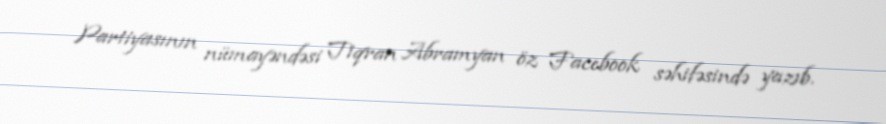
Partiyasının nümayəndəsi Tiqran Abramyan öz Facebook səhifəsində yazıb.